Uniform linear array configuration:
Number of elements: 16
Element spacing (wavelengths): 0.75
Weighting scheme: uniform
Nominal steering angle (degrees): -60
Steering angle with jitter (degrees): -58.841
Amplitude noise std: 0.05
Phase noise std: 0.05

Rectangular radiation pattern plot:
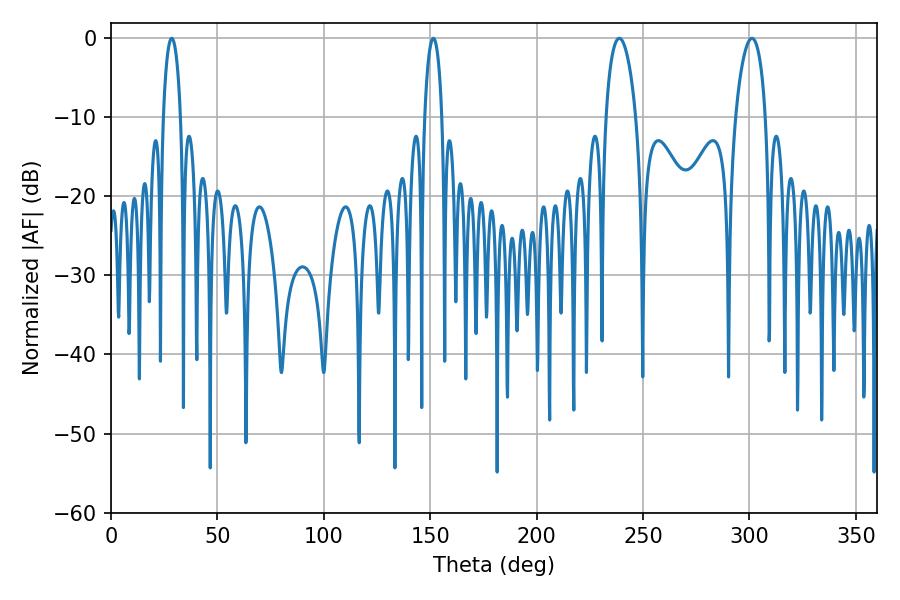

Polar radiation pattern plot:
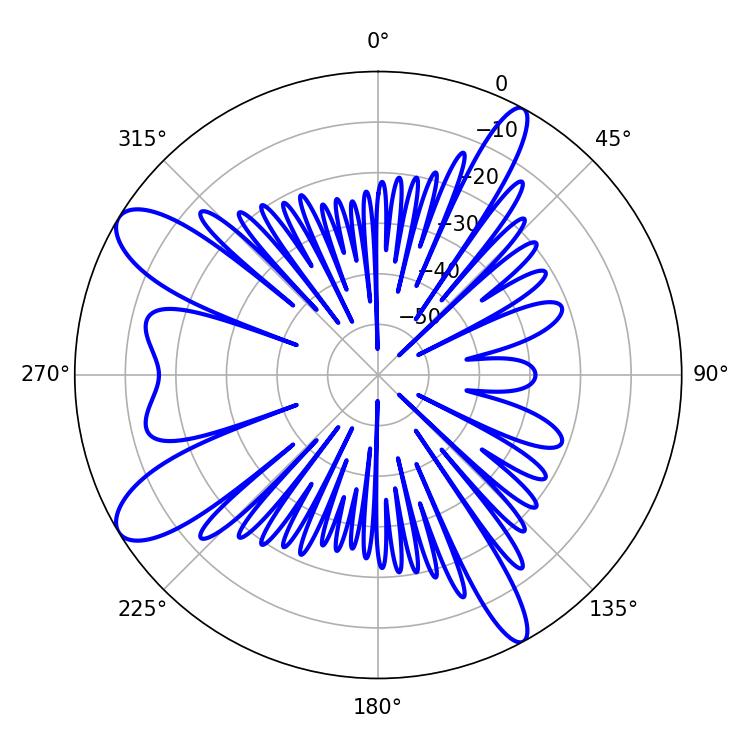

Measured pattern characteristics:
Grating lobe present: TRUE
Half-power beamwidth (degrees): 8.1
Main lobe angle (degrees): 238.86